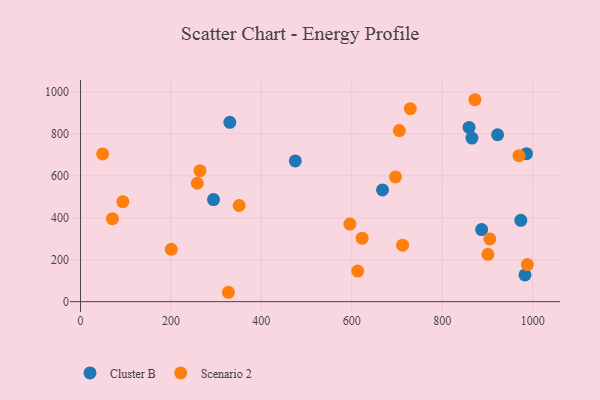
{"axis": {"x": "Engine Size", "y": "Demand"}, "legend": ["Cluster B", "Scenario 2"], "data": [{"x": "859.3", "y": 830.7, "type": "Cluster B"}, {"x": "983.0", "y": 127.7, "type": "Cluster B"}, {"x": "667.9", "y": 532.8, "type": "Cluster B"}, {"x": "887.2", "y": 343.9, "type": "Cluster B"}, {"x": "475.1", "y": 671.0, "type": "Cluster B"}, {"x": "865.7", "y": 779.9, "type": "Cluster B"}, {"x": "973.8", "y": 387.7, "type": "Cluster B"}, {"x": "922.4", "y": 795.9, "type": "Cluster B"}, {"x": "986.3", "y": 705.6, "type": "Cluster B"}, {"x": "294.2", "y": 487.0, "type": "Cluster B"}, {"x": "330.3", "y": 855.0, "type": "Cluster B"}, {"x": "327.2", "y": 44.8, "type": "Scenario 2"}, {"x": "705.1", "y": 815.7, "type": "Scenario 2"}, {"x": "729.4", "y": 920.3, "type": "Scenario 2"}, {"x": "622.9", "y": 303.0, "type": "Scenario 2"}, {"x": "595.8", "y": 369.8, "type": "Scenario 2"}, {"x": "872.3", "y": 963.0, "type": "Scenario 2"}, {"x": "70.6", "y": 395.8, "type": "Scenario 2"}, {"x": "258.4", "y": 564.7, "type": "Scenario 2"}, {"x": "696.6", "y": 595.0, "type": "Scenario 2"}, {"x": "93.7", "y": 476.8, "type": "Scenario 2"}, {"x": "264.3", "y": 624.3, "type": "Scenario 2"}, {"x": "905.2", "y": 299.3, "type": "Scenario 2"}, {"x": "901.1", "y": 225.9, "type": "Scenario 2"}, {"x": "969.6", "y": 696.3, "type": "Scenario 2"}, {"x": "613.1", "y": 145.7, "type": "Scenario 2"}, {"x": "49.0", "y": 704.6, "type": "Scenario 2"}, {"x": "350.9", "y": 458.5, "type": "Scenario 2"}, {"x": "988.3", "y": 177.0, "type": "Scenario 2"}, {"x": "200.9", "y": 249.8, "type": "Scenario 2"}, {"x": "712.3", "y": 269.4, "type": "Scenario 2"}]}